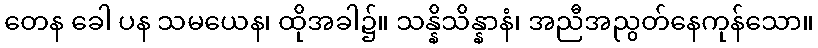
တေန ခေါ ပန သမယေန၊ ထိုအခါ၌။ သန္နိသိန္နာနံ၊ အညီအညွတ်နေကုန်သော။